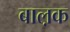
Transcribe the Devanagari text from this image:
बाल़क